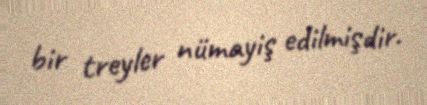
bir treyler nümayiş edilmişdir.